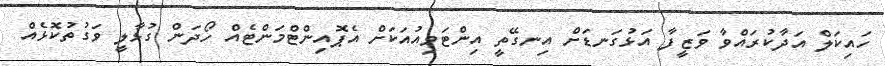
ހައިކަލް އަދާކުރައްވާ ވަޒީފާ އަޅުގަނޑަށް އިނގޭތީ އިންޓަވިއުއަކަށް އެޕޮއިންޓްމަންޓެއް ހޯދަން ގުޅާލީ ވަގުތުކޮޅެއް